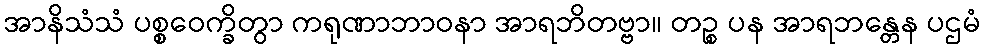
အာနိသံသံ ပစ္စဝေက္ခိတွာ ကရုဏာဘာဝနာ အာရဘိတဗ္ဗာ။ တဉ္စ ပန အာရဘန္တေန ပဌမံ